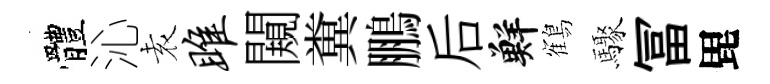
體沁𡊮雎闚糞鵬后鮮鶴驟冨毘